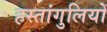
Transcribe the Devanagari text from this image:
हस्तांगुलियों